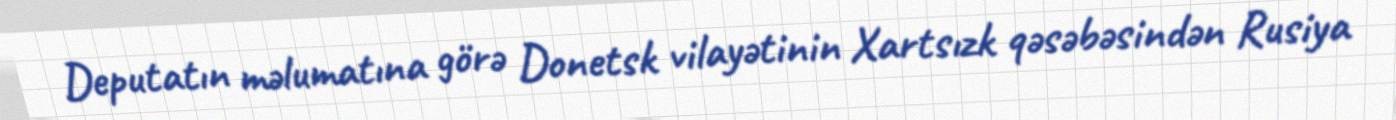
Deputatın məlumatına görə Donetsk vilayətinin Xartsızk qəsəbəsindən Rusiya